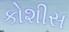
કોશીસ